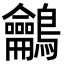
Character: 鸙